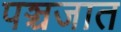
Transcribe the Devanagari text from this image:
पञ्चजात